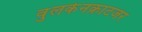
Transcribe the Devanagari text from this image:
वुलकेनक्राटजर